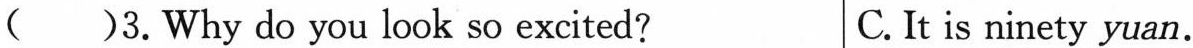
( )3.Why do you look so excited? C.It is ninety yuan.